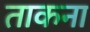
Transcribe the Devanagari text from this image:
ताकना